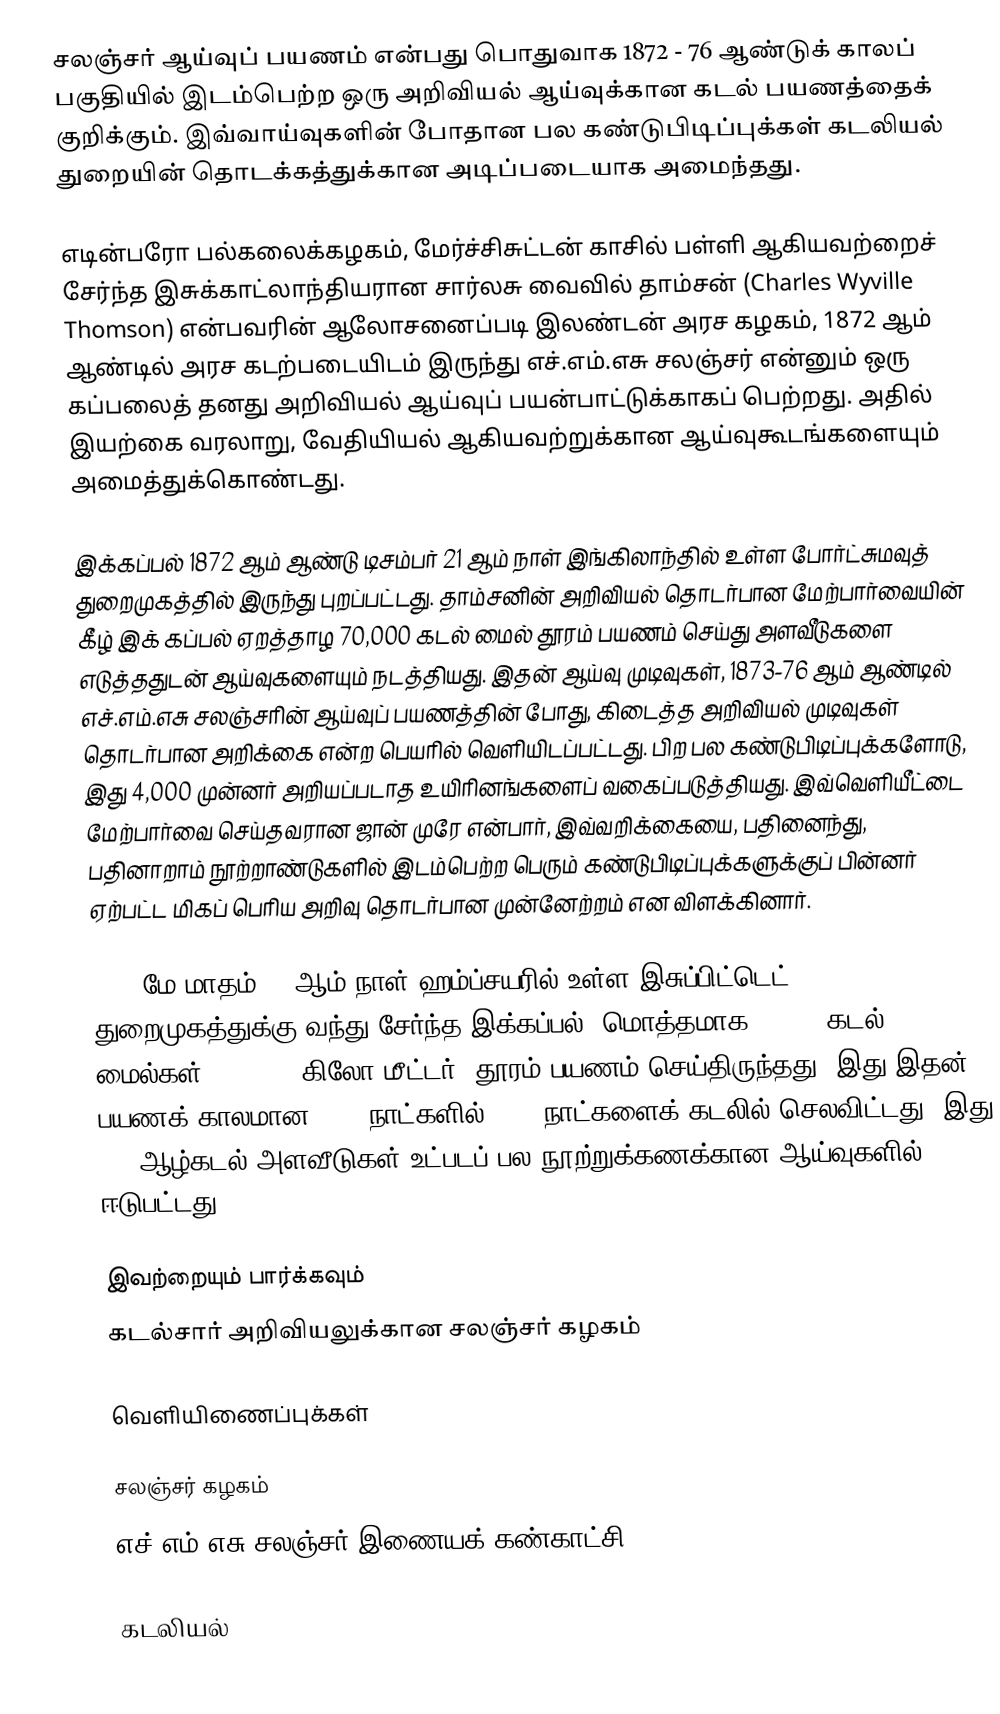
சலஞ்சர் ஆய்வுப் பயணம் என்பது பொதுவாக 1872 - 76 ஆண்டுக் காலப் பகுதியில் இடம்பெற்ற ஒரு அறிவியல் ஆய்வுக்கான கடல் பயணத்தைக் குறிக்கும். இவ்வாய்வுகளின் போதான பல கண்டுபிடிப்புக்கள் கடலியல் துறையின் தொடக்கத்துக்கான அடிப்படையாக அமைந்தது.

எடின்பரோ பல்கலைக்கழகம், மேர்ச்சிசுட்டன் காசில் பள்ளி ஆகியவற்றைச் சேர்ந்த இசுக்காட்லாந்தியரான சார்லசு வைவில் தாம்சன் (Charles Wyville Thomson) என்பவரின் ஆலோசனைப்படி இலண்டன் அரச கழகம், 1872 ஆம் ஆண்டில் அரச கடற்படையிடம் இருந்து எச்.எம்.எசு சலஞ்சர் என்னும் ஒரு கப்பலைத் தனது அறிவியல் ஆய்வுப் பயன்பாட்டுக்காகப் பெற்றது. அதில் இயற்கை வரலாறு, வேதியியல் ஆகியவற்றுக்கான ஆய்வுகூடங்களையும் அமைத்துக்கொண்டது.

இக்கப்பல் 1872 ஆம் ஆண்டு டிசம்பர் 21 ஆம் நாள் இங்கிலாந்தில் உள்ள போர்ட்சுமவுத் துறைமுகத்தில் இருந்து புறப்பட்டது. தாம்சனின் அறிவியல் தொடர்பான மேற்பார்வையின் கீழ் இக் கப்பல் ஏறத்தாழ 70,000 கடல் மைல் தூரம் பயணம் செய்து அளவீடுகளை எடுத்ததுடன் ஆய்வுகளையும் நடத்தியது. இதன் ஆய்வு முடிவுகள், 1873-76 ஆம் ஆண்டில் எச்.எம்.எசு சலஞ்சரின் ஆய்வுப் பயணத்தின் போது, கிடைத்த அறிவியல் முடிவுகள் தொடர்பான அறிக்கை என்ற பெயரில் வெளியிடப்பட்டது. பிற பல கண்டுபிடிப்புக்களோடு, இது 4,000 முன்னர் அறியப்படாத உயிரினங்களைப் வகைப்படுத்தியது. இவ்வெளியீட்டை மேற்பார்வை செய்தவரான ஜான் முரே என்பார், இவ்வறிக்கையை, பதினைந்து, பதினாறாம் நூற்றாண்டுகளில் இடம்பெற்ற பெரும் கண்டுபிடிப்புக்களுக்குப் பின்னர் ஏற்பட்ட மிகப் பெரிய அறிவு தொடர்பான முன்னேற்றம் என விளக்கினார்.

1876 மே மாதம் 24 ஆம் நாள் ஹம்ப்சயரில் உள்ள இசுப்பிட்டெட் துறைமுகத்துக்கு வந்து சேர்ந்த இக்கப்பல், மொத்தமாக 68,890 கடல் மைல்கள் (127,580 கிலோ மீட்டர்) தூரம் பயணம் செய்திருந்தது. இது இதன் பயணக் காலமான 1606 நாட்களில், 713 நாட்களைக் கடலில் செலவிட்டது. இது 492 ஆழ்கடல் அளவீடுகள் உட்படப் பல நூற்றுக்கணக்கான ஆய்வுகளில் ஈடுபட்டது.

இவற்றையும் பார்க்கவும்
 கடல்சார் அறிவியலுக்கான சலஞ்சர் கழகம்

வெளியிணைப்புக்கள்

 சலஞ்சர் கழகம்
 எச்.எம்.எசு சலஞ்சர் இணையக் கண்காட்சி

கடலியல்